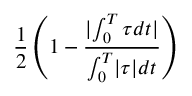
\displaystyle \frac { 1 } { 2 } \left( 1 - \frac { \lvert \int _ { 0 } ^ { T } \tau d t \lvert } { \int _ { 0 } ^ { T } \lvert \tau \lvert d t } \right)